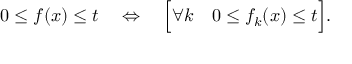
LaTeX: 0 \leq f ( x ) \leq t \quad \Leftrightarrow \quad { \Bigl [ } \forall k \quad 0 \leq f _ { k } ( x ) \leq t { \Bigr ] } .